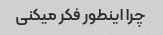
چرا اینطور فکر میکنی